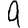
Digit: 9